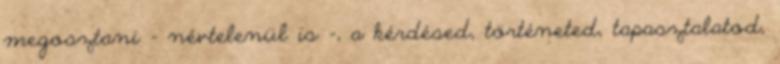
megosztani - névtelenül is -, a kérdésed, történeted, tapasztalatod,